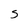
Character: S